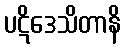
ပဋိဒေသိတာနိ